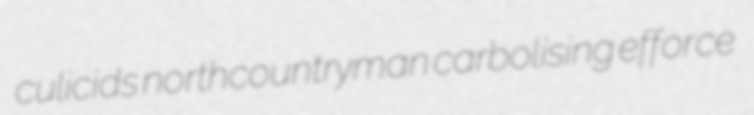
culicids northcountryman carbolising efforce